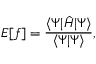
E [ f ] = \frac { \langle \Psi | \hat { H } | \Psi \rangle } { \langle \Psi | \Psi \rangle } ,